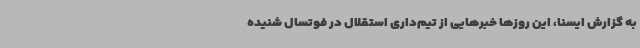
به گزارش ایسنا، این روزها خبرهایی از تیم‌داری استقلال در فوتسال شنیده